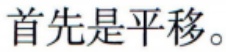
首先是平移。